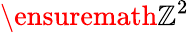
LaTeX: \ensuremath{\mathbb{Z}}^{2}